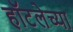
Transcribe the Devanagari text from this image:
हॉटलेच्या